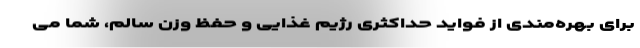
برای بهره‌مندی از فواید حداکثری رژیم غذایی و حفظ وزن سالم، شما می